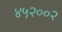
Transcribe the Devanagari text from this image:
४५२००२